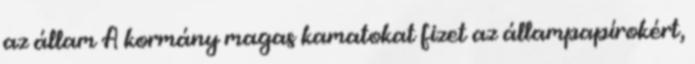
az állam A kormány magas kamatokat fizet az állampapírokért,